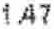
1.47